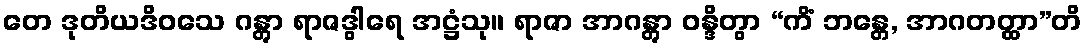
တေ ဒုတိယဒိဝသေ ဂန္တွာ ရာဇဒွါရေ အဋ္ဌံသု။ ရာဇာ အာဂန္တွာ ဝန္ဒိတွာ “ကိံ ဘန္တေ, အာဂတတ္ထာ”တိ